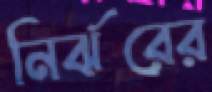
নির্ঝরের